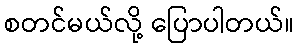
စတင်မယ်လို့ ပြောပါတယ်။